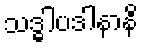
သဒ္ဓါပဒါနာနိ